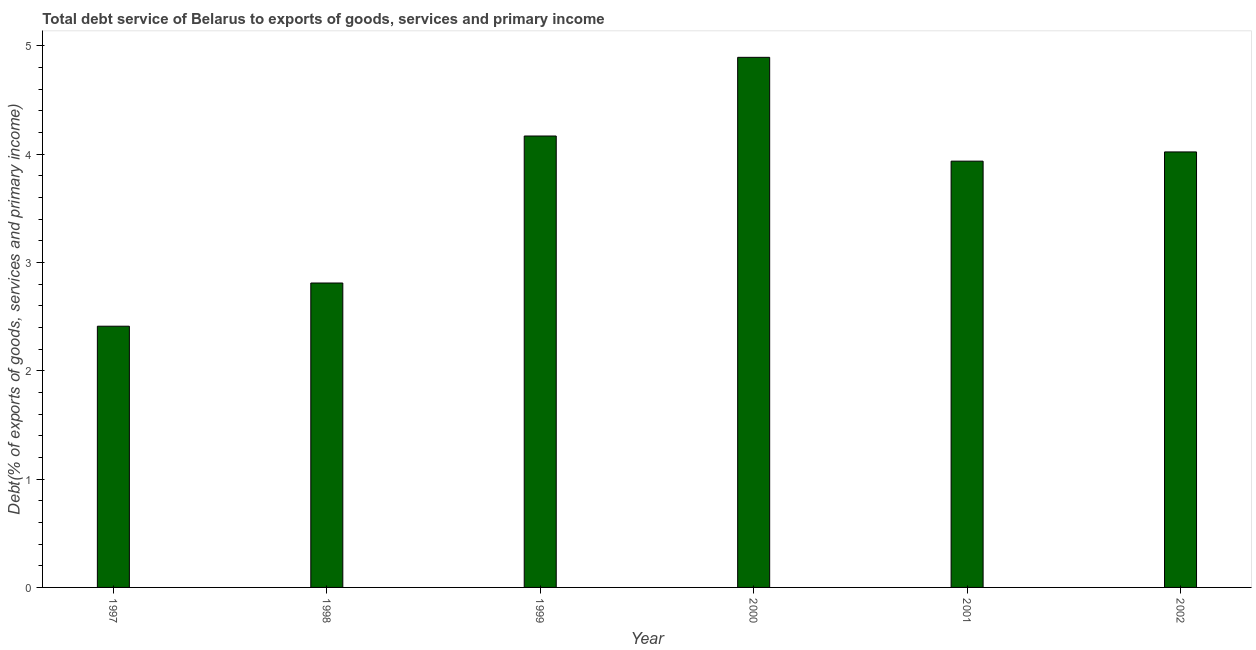
| Year | Total debt service |
 | --- | --- |
 | 1997 | 2.41 |
 | 1998 | 2.81 |
 | 1999 | 4.17 |
 | 2000 | 4.89 |
 | 2001 | 3.93 |
 | 2002 | 4.02 |